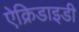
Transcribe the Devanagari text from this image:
ऐक्रिडाइडी